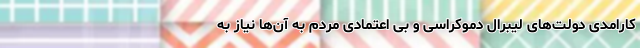
کارامدی دولت‌های لیبرال دموکراسی و بی اعتمادی مردم به آن‌ها نیاز به